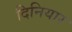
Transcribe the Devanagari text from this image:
दिनियार